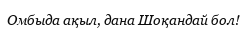
Омбыда ақыл, дана Шоқандай бол!